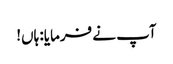
آپ نے فرمایا: ہاں!